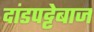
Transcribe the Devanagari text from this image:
दांडपट्टेबाज